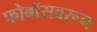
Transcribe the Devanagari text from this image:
फोबॉसवरून